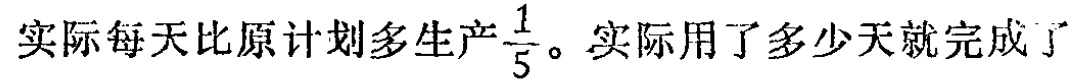
实际每天比原计划多生产$\frac{1}{5}$。实际用了多少天就完成了